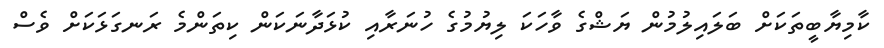
ކާމިޔާބީތަކަށް ބަލައިލުމުން ޔަޝްގެ ވާހަކަ ލިޔުމުގެ ހުނަރާއި ކުޅަދާނަކަން ކިތަންމެ ރަނގަޅަކަށް ވެސް